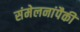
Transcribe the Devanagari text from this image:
संमेलनांपैकी